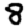
Digit: 8